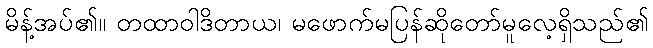
မိန့်အပ်၏။ တထာဝါဒိတာယ၊ မဖောက်မပြန်ဆိုတော်မူလေ့ရှိသည်၏